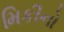
મિકીનો